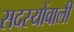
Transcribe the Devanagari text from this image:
सदस्योंवाली